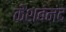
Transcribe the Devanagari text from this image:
केशबनंद